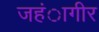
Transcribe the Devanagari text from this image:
जहंागीर